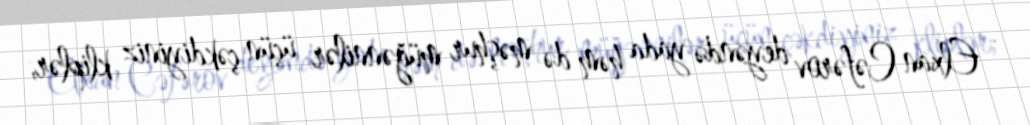
- Elxan Cəfərov deyəndə yada həm də məşhur müğənnilər üçün çəkdiyiniz kliplər,